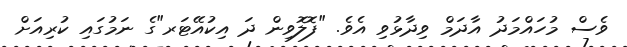
ވެސް މުހައްމަދު އާދަމް ވިދާޅުވި އެވެ. "ފޮލޮވިން ދަ އިކުއޭޓަރ"ގެ ނަމުގައި ކުރިއަށް